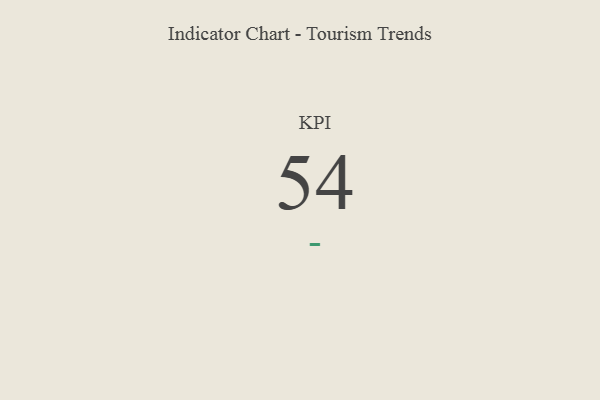
{"axis": {"x": "KPI", "y": "Value"}, "legend": [""], "data": [{"x": "KPI", "y": 54, "type": ""}]}